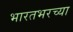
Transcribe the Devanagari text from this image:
भारतभरच्या